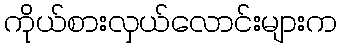
ကိုယ်စားလှယ်လောင်းများက